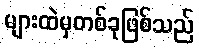
များထဲမှတစ်ခုဖြစ်သည်